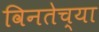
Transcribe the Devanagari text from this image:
विनतेच्या